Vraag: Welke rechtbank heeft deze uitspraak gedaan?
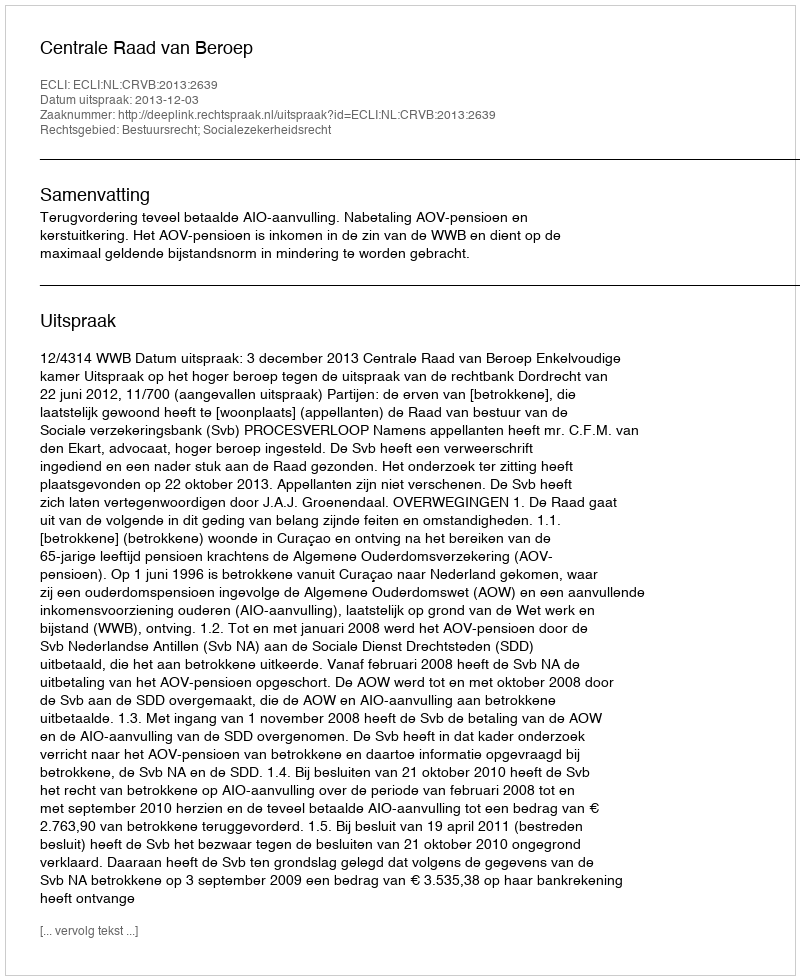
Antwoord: Centrale Raad van Beroep